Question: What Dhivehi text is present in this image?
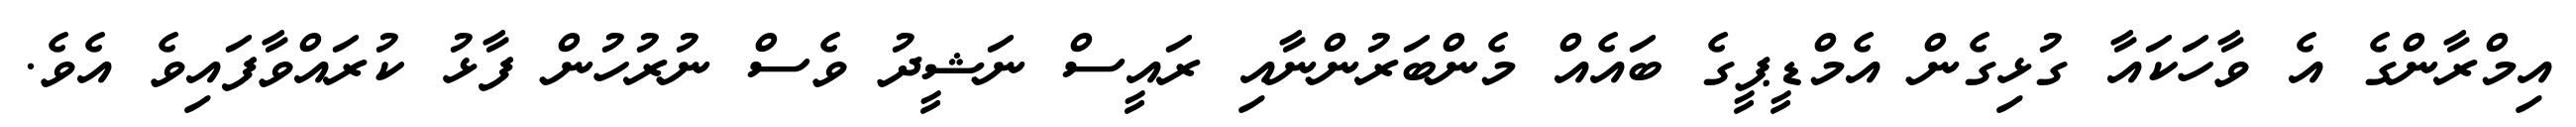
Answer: އިމްރާންގެ އެ ވާހަކައާ ގުޅިގެން އެމްޑީޕީގެ ބައެއް މެންބަރުންނާއި ރައީސް ނަޝީދު ވެސް ނުރުހުން ފާޅު ކުރައްވާފައިވެ އެވެ.